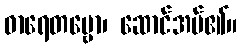
ဓာရေတဗ္ဗော၊ ဆောင်အပ်၏။